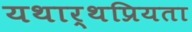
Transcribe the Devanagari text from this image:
यथार्थप्रियता